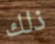
ذلك